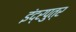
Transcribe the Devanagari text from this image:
इंद्रपुत्र